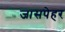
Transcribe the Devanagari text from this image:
जासपेहर